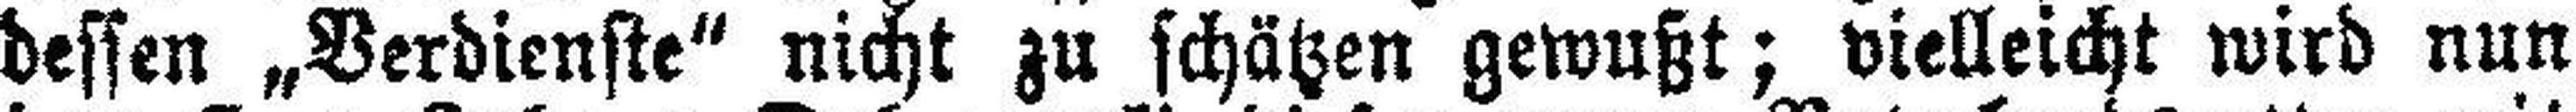
dessen „Verdienste“ nicht zu schätzen gewußt; vielleicht wird nun